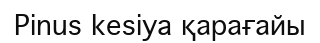
Pinus kesiya қарағайы